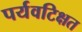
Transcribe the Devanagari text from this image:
पर्यवटिक्षत